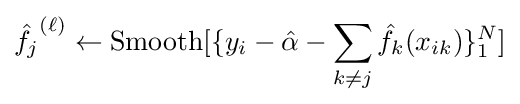
{\hat {f_{j}}}^{(\ell )}\leftarrow {\text{Smooth}}[\lbrace y_{i}-{\hat {\alpha }}-\sum _{k\neq j}{\hat {f_{k}}}(x_{ik})\rbrace _{1}^{N}]